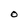
Character: O